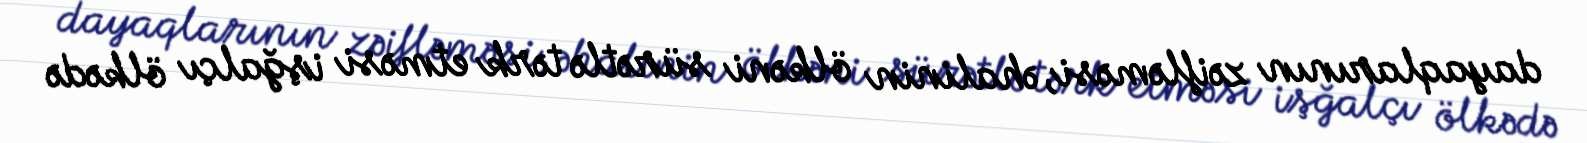
dayaqlarının zəifləməsi, əhalinin ölkəni sürətlə tərk etməsi işğalçı ölkədə